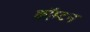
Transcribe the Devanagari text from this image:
क्रॉम्टन